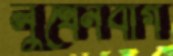
লুথেনবাগ